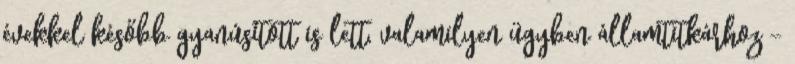
évekkel később gyanúsított is lett, valami­lyen ügyben államtitkárhoz –